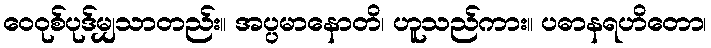
ဝေဝုစ်ပုဒ်မျှသာတည်း။ အပ္ပမာနောတိ၊ ဟူသည်ကား။ ပဓာနရဟိတော၊